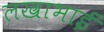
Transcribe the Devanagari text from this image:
लखाभाई